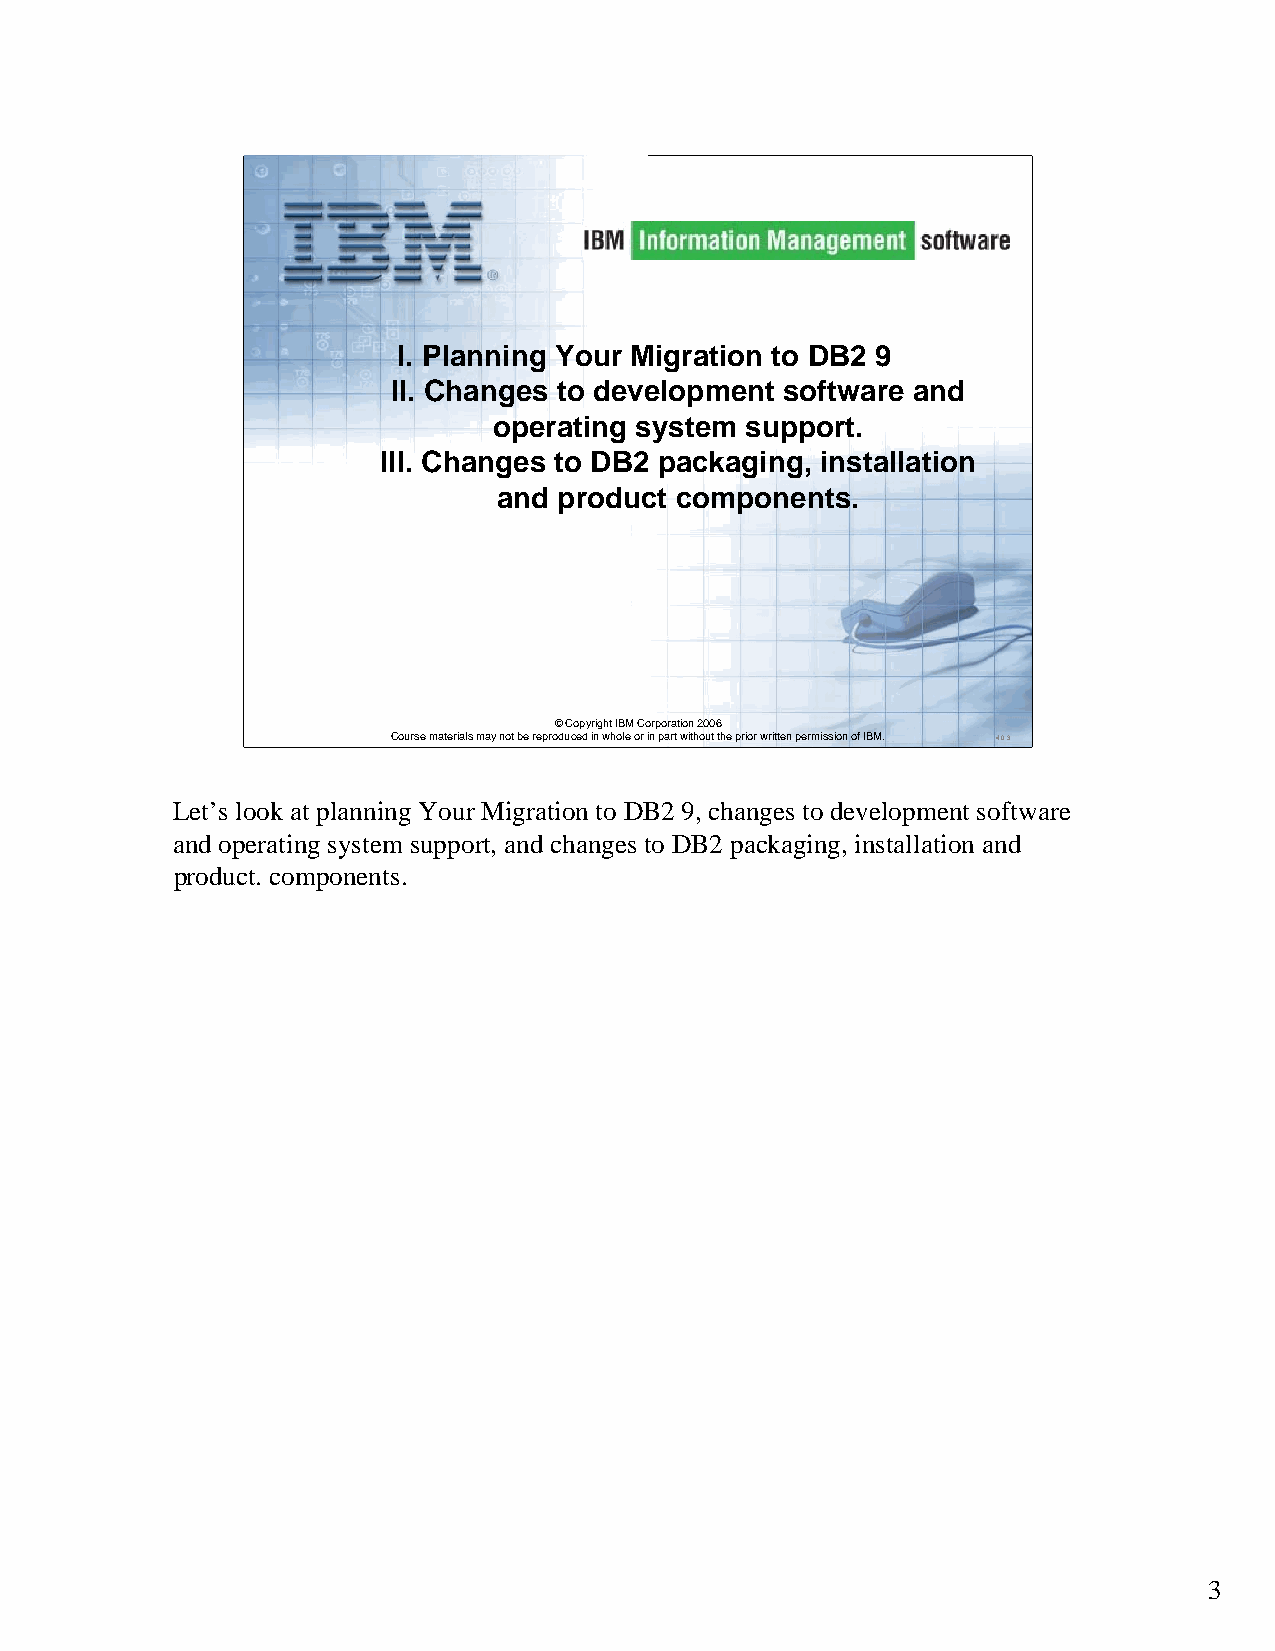
I. Planning Your Migration to DB2 9
 II. Changes to development software and
 operating system support.
 III. Changes to DB2 packaging, installation
 and product components.
 ©Copyright IBM Corporation 2006
 Course materials may not be reproduced in whole or in part without the prior written permission of IBM. 4.0.3
 Let’s look at planning Your Migration to DB2 9, changes to development software
 and operating system support, and changes to DB2 packaging, installation and
 product. components.
 3